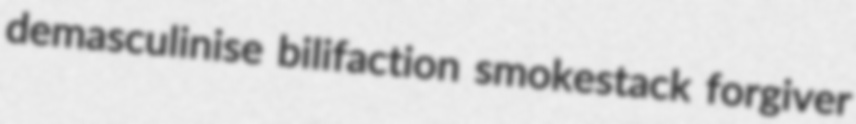
demasculinise bilifaction smokestack forgiver